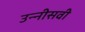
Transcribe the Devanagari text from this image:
उन्‍नीसवी